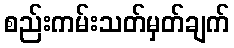
စည်းကမ်းသတ်မှတ်ချက်